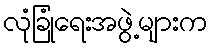
လုံခြုံရေးအဖွဲ့များက